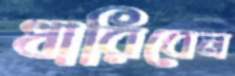
ধারিবেন